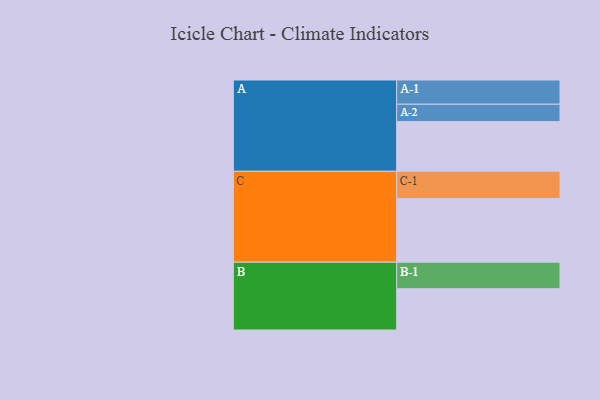
{"axis": {"x": "Segment", "y": "Value"}, "legend": ["", "A", "B", "C"], "data": [{"x": "A", "y": 406, "type": ""}, {"x": "B", "y": 337, "type": ""}, {"x": "C", "y": 520, "type": ""}, {"x": "A-1", "y": 198, "type": "A"}, {"x": "A-2", "y": 142, "type": "A"}, {"x": "B-1", "y": 217, "type": "B"}, {"x": "C-1", "y": 223, "type": "C"}]}